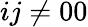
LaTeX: ij\neq 00